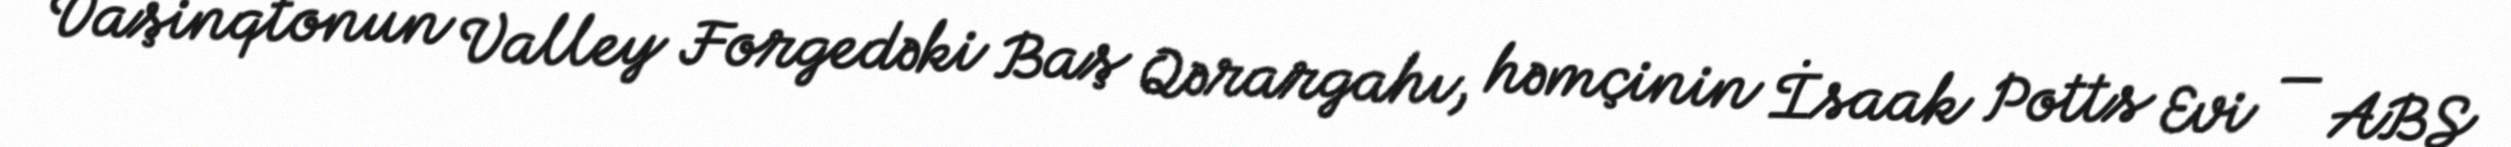
Vaşinqtonun Valley Forgedəki Baş Qərargahı, həmçinin İsaak Potts Evi — ABŞ